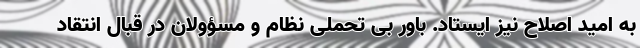
به امید اصلاح نیز ایستاد. باور بی تحملی نظام و مسؤولان در قبال انتقاد